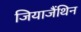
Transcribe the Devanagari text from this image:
जियाजैंथिन